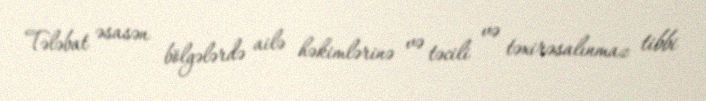
Tələbat əsasən bölgələrdə ailə həkimlərinə və təcili və təxirəsalınmaz tibbi